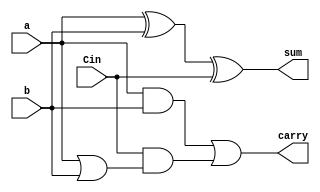
module FullAdder_dataflow(sum,carry,a,b,Cin);
  output sum,carry;
  input a,b,Cin;
  assign sum = a^b^Cin;
  assign carry  = (a&b)|(Cin&(a|b)); //alternatively (a&b)|(Cin&a)|(Cin&b)
endmodule